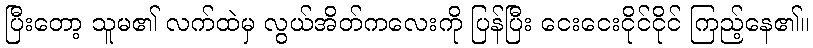
ပြီးတော့ သူမ၏ လက်ထဲမှ လွယ်အိတ်ကလေးကို ပြန်ပြီး ငေးငေးငိုင်ငိုင် ကြည့်နေ၏။